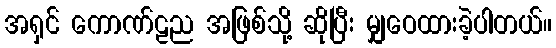
အရှင် ကောဏ်ဠည အဖြစ်သို့ ဆိုပြီး မျှဝေထားခဲ့ပါတယ်။